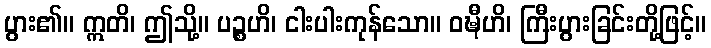
ပွား၏။ ဣတိ၊ ဤသို့။ ပဉ္စဟိ၊ ငါးပါးကုန်သော။ ဝဍ္ဎီဟိ၊ ကြီးပွားခြင်းတို့ဖြင့်။